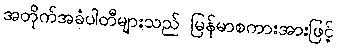
အတိုက်အခံပါတီများသည် မြန်မာစကားအားဖြင့်